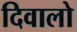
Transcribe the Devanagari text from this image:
दिवालो